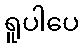
ရူပါပေ